Report on the working of the Ranchi Indian Mental Hospital, Kanke, in Bihar and Orissa - 1930-1940
Year: 1930
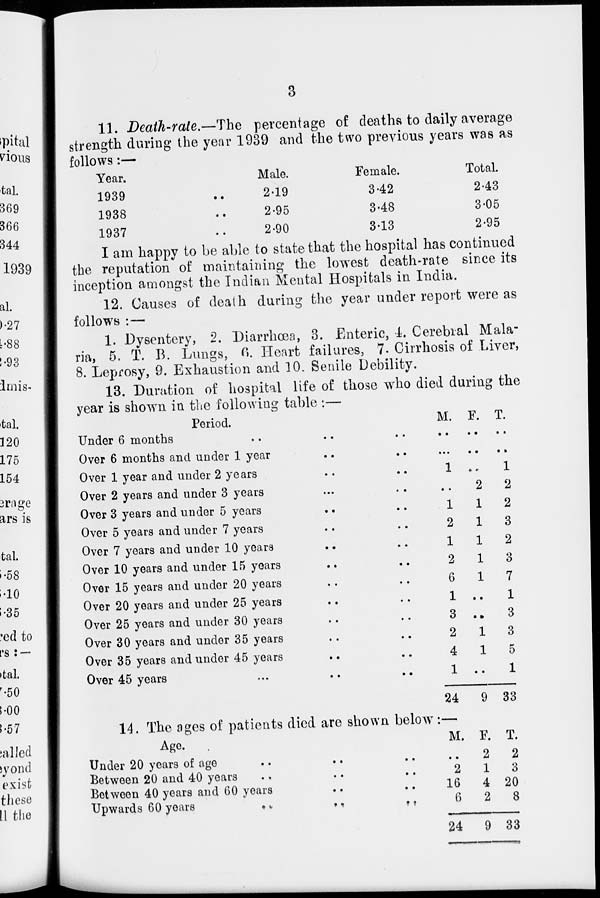
3
11. Death-rate.—The percentage of deaths to daily average
strength during the year 1939 and the two previous years was as
follows:—
Year.
1939 ..
1938 ..
1937 ..
Male.
2.19
2.95
2.90
Female.
3.42
348
3.13
Total.
2.43
3.05
2.95
I am happy to be able to state that the hospital has continued
the reputation of maintaining the lowest death-rate since its
inception amongst the Indian Mental Hospitals in India.
12. Causes of death during the year under report were as
follows :—
1. Dysentery, 2. Diarrhœa, 3. Enteric, 4. Cerebral Mala-
ria, 5. T. B. Lungs, 6. Heart failures, 7. Cirrhosis of Liver,
8. Leprosy, 9. Exhaustion and 10. Senile Debility.
13. Duration of hospital life of those who died during the
year is shown in the following table :—
Period.
Under 6 months .. .. ..
Over 6 months and under 1 year .. ..
Over 1 year and under 2 years .. ..
Over 2 years and under 3 years .. ..
Over 3 years and under 5 years .. ..
Over 5 years and under 7 years .. ..
Over 7 years and under 10 years .. ..
Over 10 years and under 15 years .. ..
Over 15 years and under 20 years .. ..
Over 20 years and under 25 years .. ..
Over 25 years and under 30 years .. ..
Over 30 years and under 35 years .. ..
Over 35 years and under 45 years .. ..
Over 45 years .. .. ..
M.
..
...
1
..
1
2
1
2
6
1
3
2
4
1
24
F.
..
..
..
2
1
1
1
1
1
..
..
1
1
..
9
T.
..
..
1
2
2
3
2
3
7
1
3
3
5
1
33
14. The ages of patients died are shown below:—
Age.
Under 20 years of age .. .. ..
Between 20 and 40 years .. ..
Between 40 years and 60 years .. ..
Upwards 60 years
..
..
..
M.
..
2
16
6
24
F.
2
1
4
2
9
T.
2
3
20
8
33